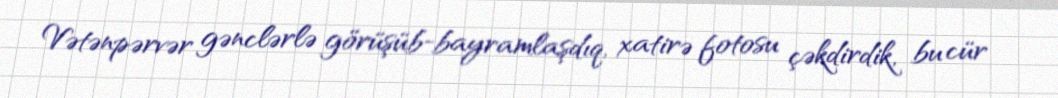
Vətənpərvər gənclərlə görüşüb-bayramlaşdıq, xatirə fotosu çəkdirdik, bu cür